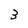
Character: 3